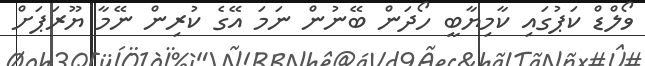
ވޯލްޑް ކަޕުގައި ކާމިޔާބީ ހޯދަން ބޭނުން ނަމަ އޭގެ ކުރިން ނޭމާ ޔޫރަޕަށް